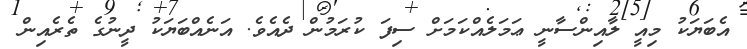
އެބަޔަކު މިއީ ލާއިންސާނީ ޢަމަލެއްކަމަށް ސިފަ ކުރަމުން ދެއެވެ. އަނެއްބަޔަކު ދީނުގެ ތެރެއިން